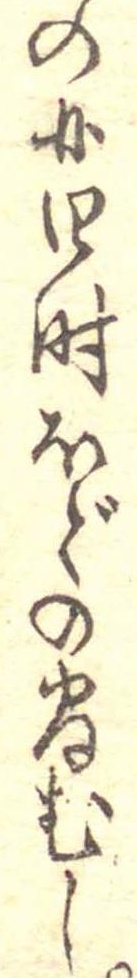
の四時ほどの間むし